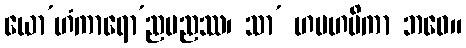
ယော’ဟံကာရော’ညမညဿ၊ သာ’ ဟမဟမိကာ ဘဝေ။